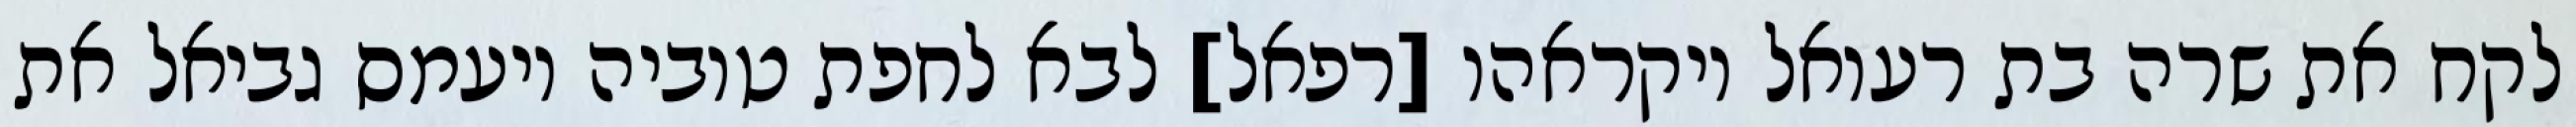
לקח את שרה בת רעואל ויקראהו [רפאל] לבא לחפת טוביה ויעמס גביאל את